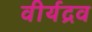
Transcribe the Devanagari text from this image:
वीर्यद्रव